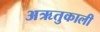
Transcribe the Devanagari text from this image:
अऋतुकाली